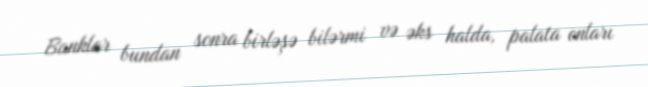
Banklar bundan sonra birləşə bilərmi və əks halda, palata onları